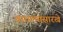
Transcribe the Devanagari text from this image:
वाचल्यासारखे